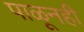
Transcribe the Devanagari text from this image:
पाळूनही